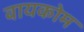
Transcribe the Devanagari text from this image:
वायकोम